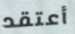
أعتقد